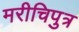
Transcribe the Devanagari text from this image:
मरीचिपुत्र